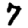
Digit: 7